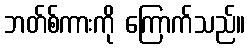
ဘတ်စ်ကားကို ကြောက်သည်။